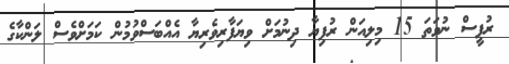
ރުޕީސް ނުވަތަ 15 މިލިއަން ރުފިޔާ ދިނުމަށް ވިޔަފާރިވެރިޔާ އެއްބަސްވުމުން ކަމަށްވެސް ލަންކާގެ